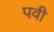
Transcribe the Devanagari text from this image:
पवी